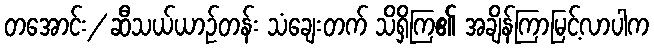
တအောင်း/ ဆီသယ်ယာဉ်တန်း သံချေးတက် သိရှိကြ၏ အချိန်ကြာမြင့်လာပါက